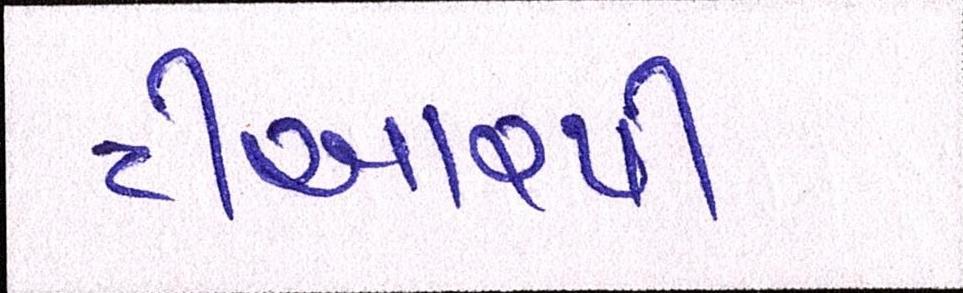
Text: ટીઆરપી